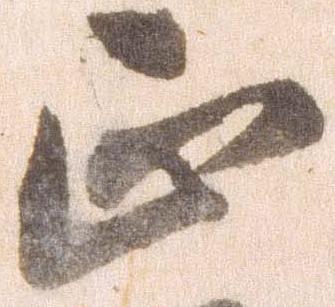
正